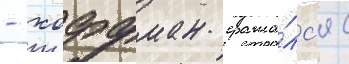
- хоффман сража́лс'я с